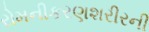
રોમનીકરણશરીરની